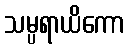
သမ္ပရာယိကော